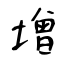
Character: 增